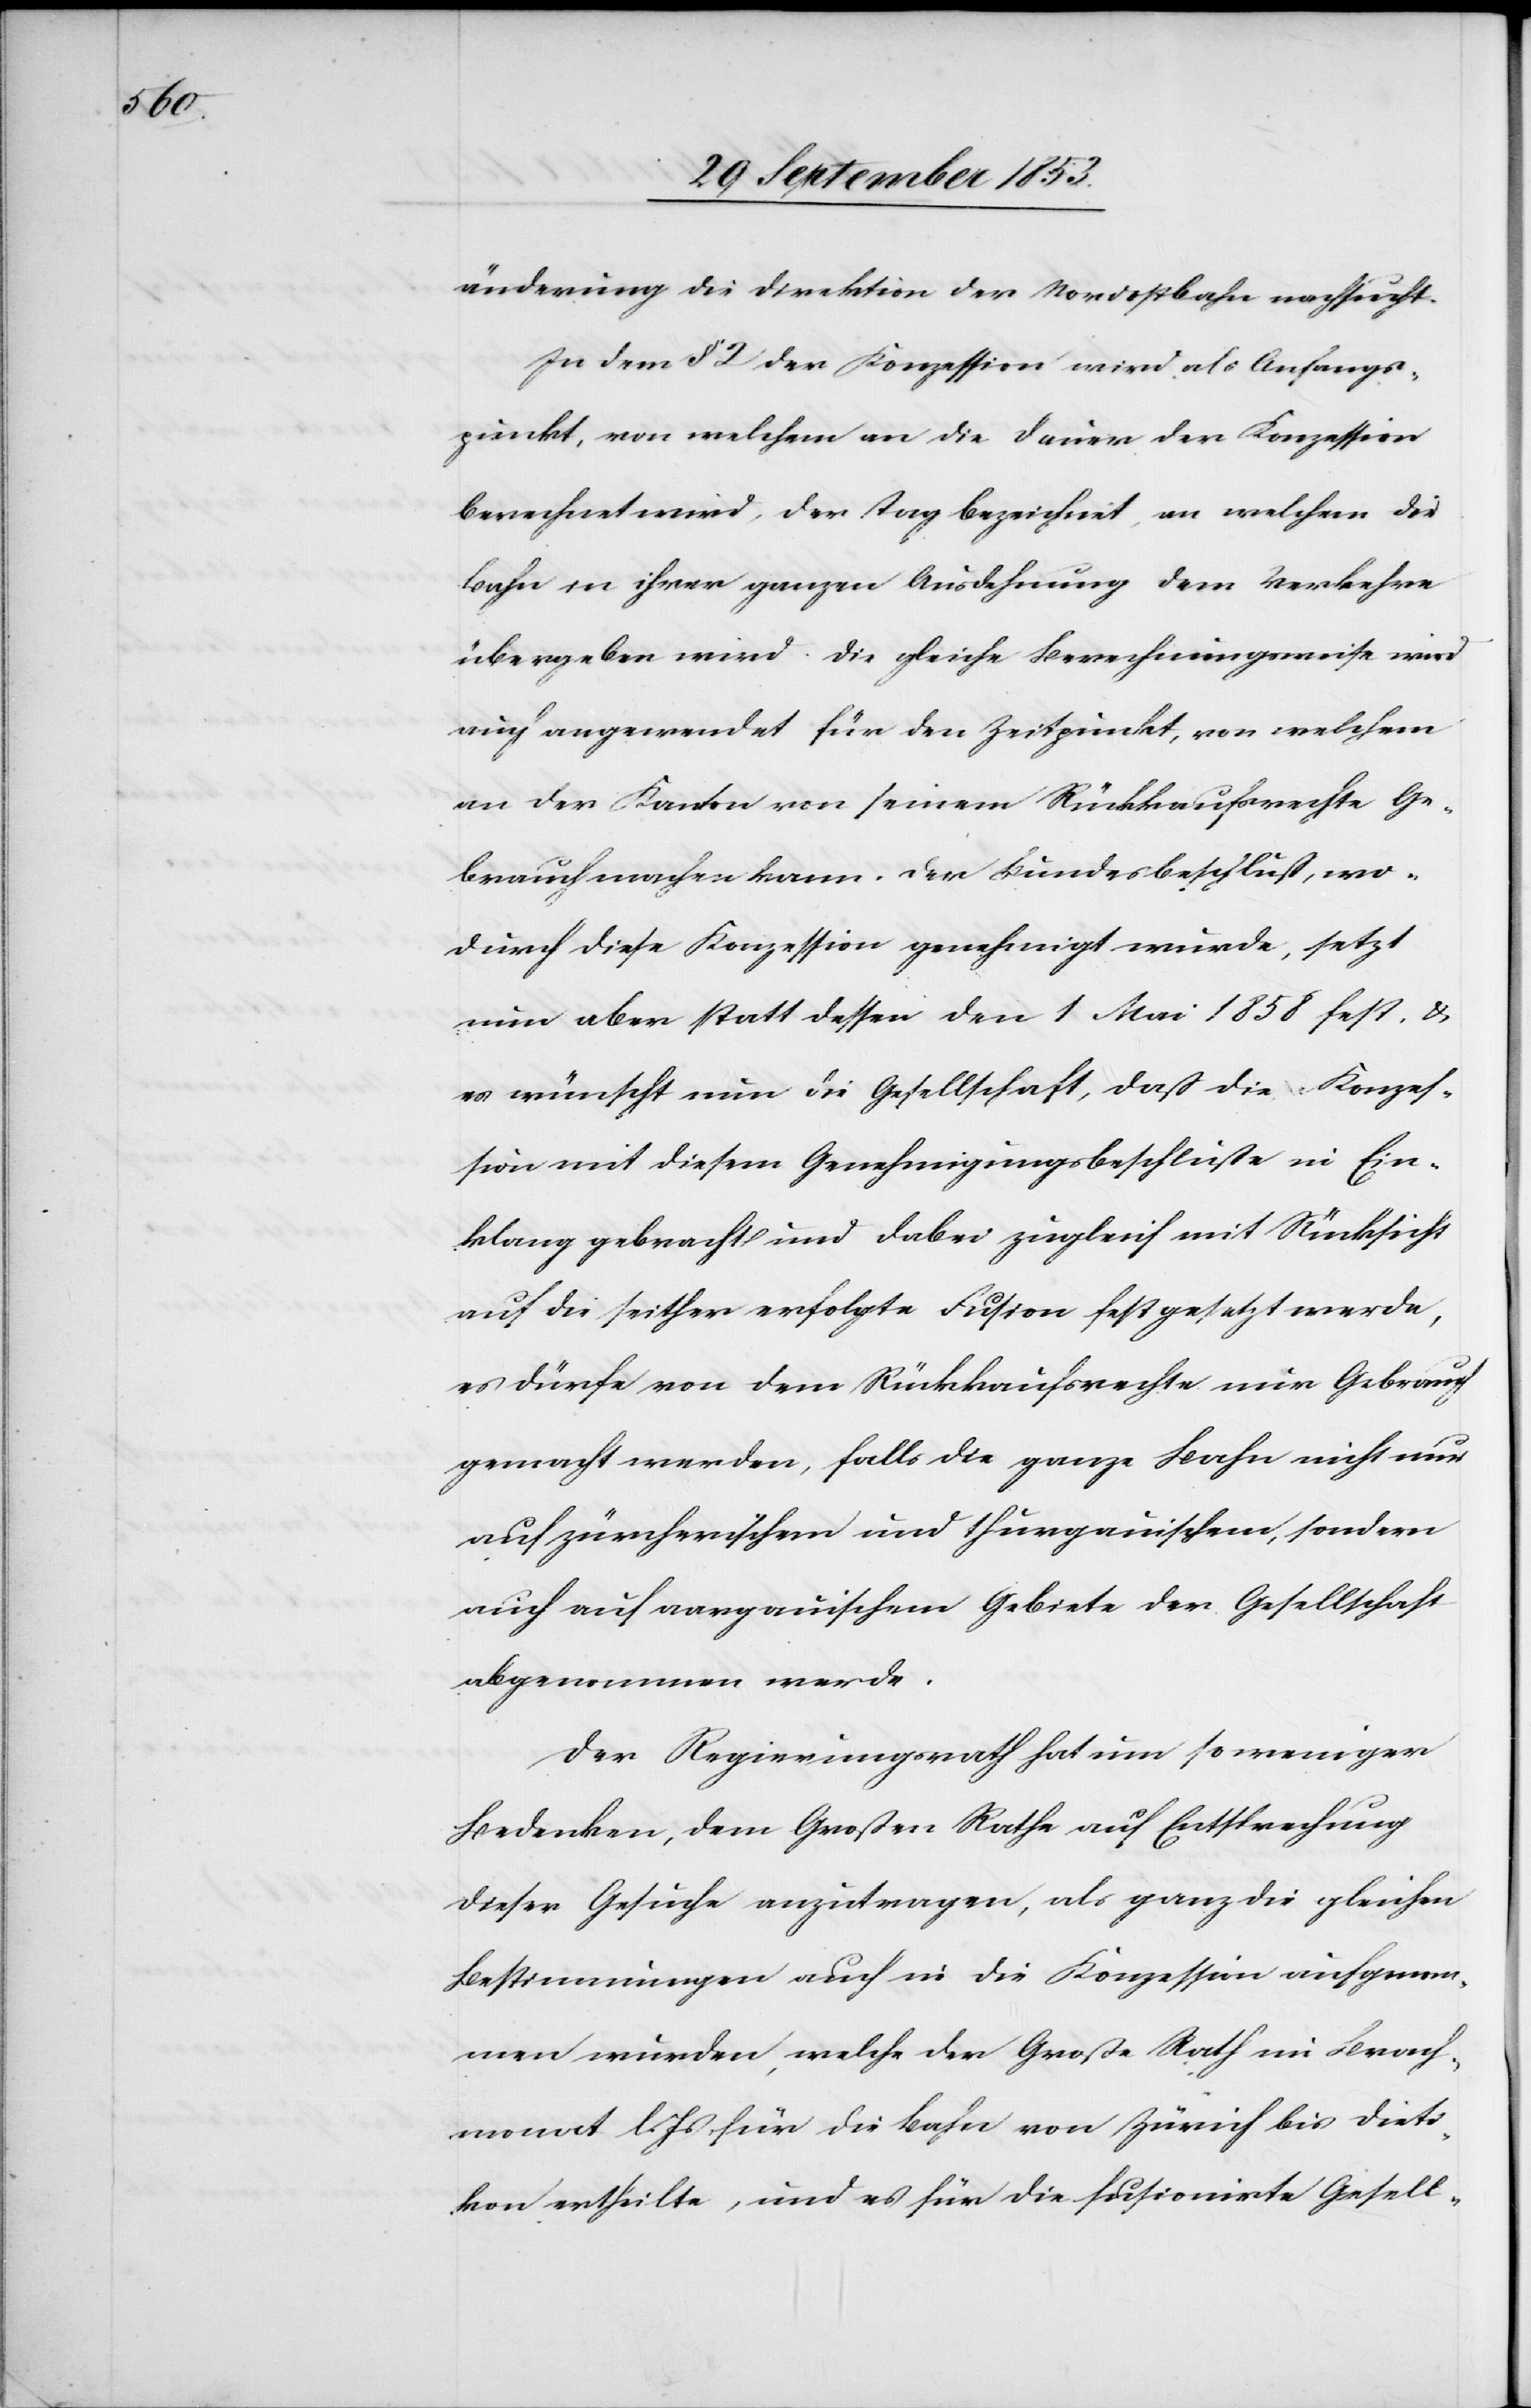
änderung die Direktion der Nordostbahn nachsucht.
In dem § 2 der Konzession wird als Anfangs¬
punkt, von welchem an die Dauer der Konzession
berechnet wird, der Tag bezeichnet, an welchem die
Bahn in ihrer ganzen Ausdehnung dem Verkehre
übergeben wird. Die gleiche Berechnungsweise wird
auch angewendet für den Zeitpunkt, von welchem
an der Kanton von seinem Rückkaufsrechte Ge¬
brauch machen kann. Der Bundesbeschluß, wo¬
durch diese Konzession genehmigt wurde, setzt
nun aber statt dessen den 1 Mai 1858 fest u.
es wünscht nun die Gesellschaft, daß die Konzes¬
sion mit diesem Genehmigungsbeschluße in Ein¬
klang gebracht und dabei zugleich mit Rücksicht
auf die seither erfolgte Fusion festgesetzt werde,
es dürfe von dem Rückkaufsrechte nur Gebrauch
gemacht werden, falls die ganze Bahn nicht nur
auf zürcherischem und thurgauischem, sondern
auch auf aargauischen Gebiete der Gesellschaft
abgenommen werde.
Der Regierungsrath hat nun um so weniger
Bedenken, dem Großen Rathe auf Entsprechung
dieser Gesuche anzutragen, als ganz die gleichen
Bestimmungen auch in die Konzession aufgenom¬
men wurden, welche der Große Rath im Brach¬
monat l. Js. für die Bahn von Zürich bis Dieti¬
kon ertheilte, und es für die fusionierte Gesell-